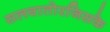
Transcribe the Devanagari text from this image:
सलवातोरजिसके